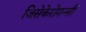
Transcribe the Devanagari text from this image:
जिसेकेरोमन्सी